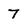
Character: 7